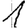
Digit: 1